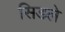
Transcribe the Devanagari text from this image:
सिडले